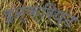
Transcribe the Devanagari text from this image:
इन्क्रिप्ट